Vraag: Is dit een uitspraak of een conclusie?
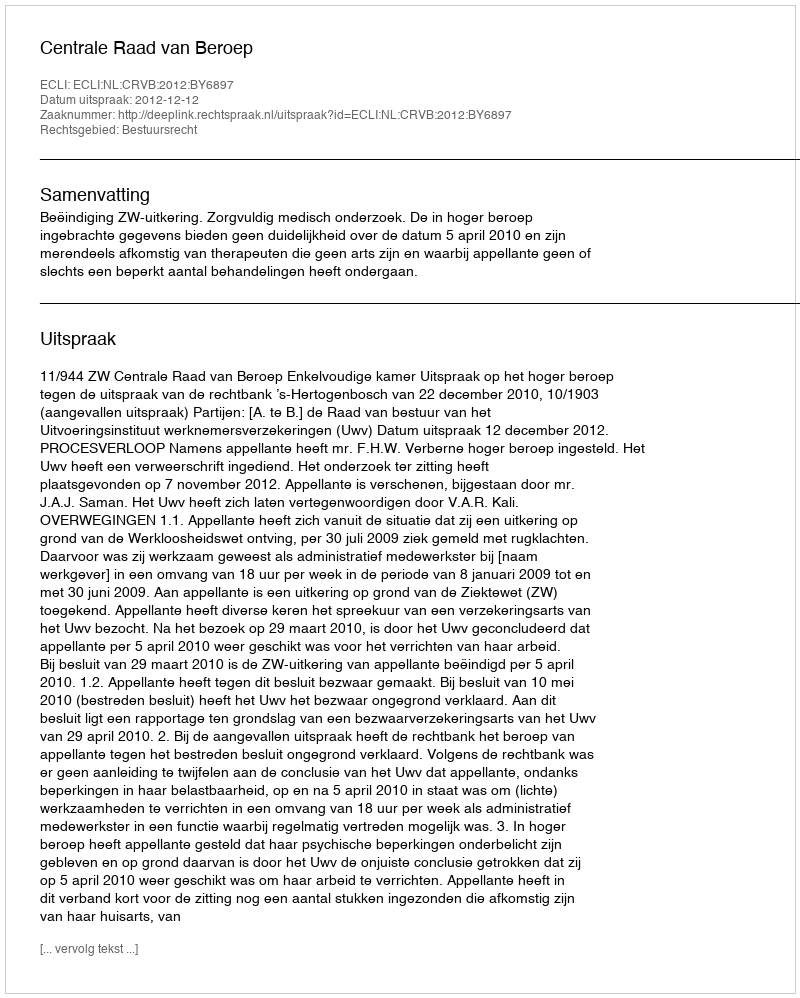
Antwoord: Uitspraak